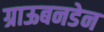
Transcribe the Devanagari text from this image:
ग्राऊबनडेन